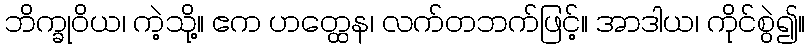
ဘိက္ခုဝိယ၊ ကဲ့သို့။ ဧက ဟတ္ထေန၊ လက်တဘက်ဖြင့်။ အာဒါယ၊ ကိုင်စွဲ၍။